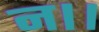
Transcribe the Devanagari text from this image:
न।।